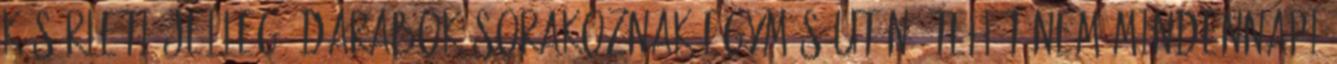
kísérleti jellegű darabok sorakoznak egymás után, tehát nem mindennapi